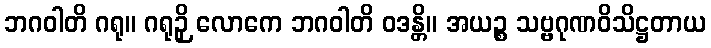
ဘဂဝါတိ ဂရု။ ဂရုဉှိ လောကေ ဘဂဝါတိ ဝဒန္တိ။ အယဉ္စ သဗ္ဗဂုဏဝိသိဋ္ဌတာယ